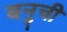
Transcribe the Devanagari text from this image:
बनुची